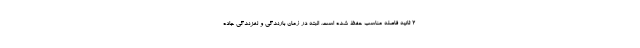
۲ ثانیه فاصله مناسب حفظ شده است. البته در زمان بارندگی و لغزندگی جاده